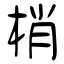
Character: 梢